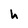
Character: h